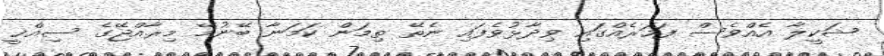
ޝަކީލާ އެއްވެސް ފަހަރެއްގައި ވިދާޅުވެފައި ނެތޭ ތިމަން ކަމަނާ ބޭނުމޭ މިރާއްޖޭގެ ސިއްޚީ